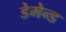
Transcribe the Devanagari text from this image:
डेमेन्ड